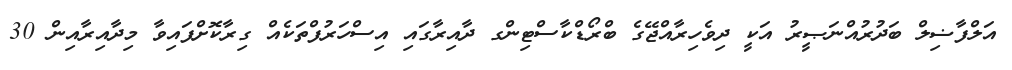
އަލްފާޟިލް ބަދުރުއްނަޞީރު އަކީ ދިވެހިރާއްޖޭގެ ބްރޯޑްްކާސްޓިންގ ދާއިރާގައި އިސްހަރުފްތަކެއް ގިރާކޮށްފައިވާ މިދާއިރާއިން 30